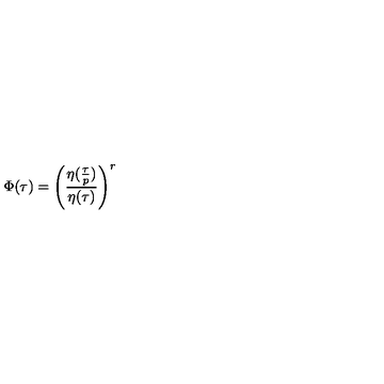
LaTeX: \Phi ( \tau ) = \left( \frac { \eta ( \frac { \tau } { p } ) } { \eta ( \tau ) } \right) ^ { r }